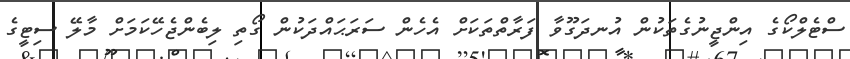
ސްޓެލްކޯގެ އިންޖީނުގެތަކުން އުނދަގޫވާ ފަރާތްތަކަށް އެހެން ސަރަޙައްދަކުން ގޯތި ލިބެންޖެހޭކަމަށް މާލޭ ސިޓީގެ